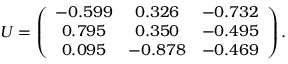
U = \left( \begin{array} { c c c } { { - 0 . 5 9 9 } } & { { 0 . 3 2 6 } } & { { - 0 . 7 3 2 } } \\ { { 0 . 7 9 5 } } & { { 0 . 3 5 0 } } & { { - 0 . 4 9 5 } } \\ { { 0 . 0 9 5 } } & { { - 0 . 8 7 8 } } & { { - 0 . 4 6 9 } } \end{array} \right) .